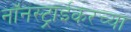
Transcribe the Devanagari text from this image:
नॉनस्ट्राईकरच्या